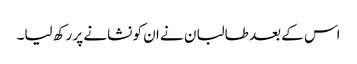
اس کے بعد طالبان نے ان کو نشانے پر رکھ لیا۔